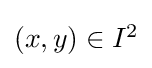
{\textstyle (x,y)\in I^{2}}